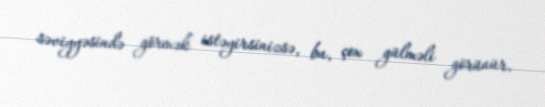
səviyyəsində görmək istəyirsinizsə, bu, çox gülməli görünür.